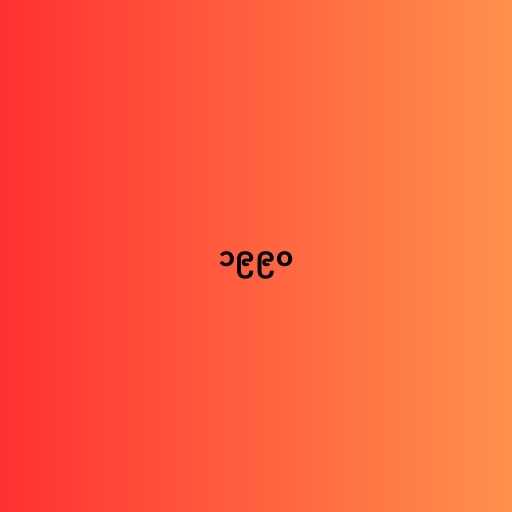
၁၉၉၀